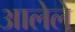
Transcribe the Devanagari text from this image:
अालेले